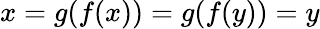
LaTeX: x=g(f(x))=g(f(y))=y